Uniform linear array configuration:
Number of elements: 48
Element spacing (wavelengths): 0.5
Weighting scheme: kaiser
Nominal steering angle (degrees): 30
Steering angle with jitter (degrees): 30.463
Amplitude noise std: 0.05
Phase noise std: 0.05

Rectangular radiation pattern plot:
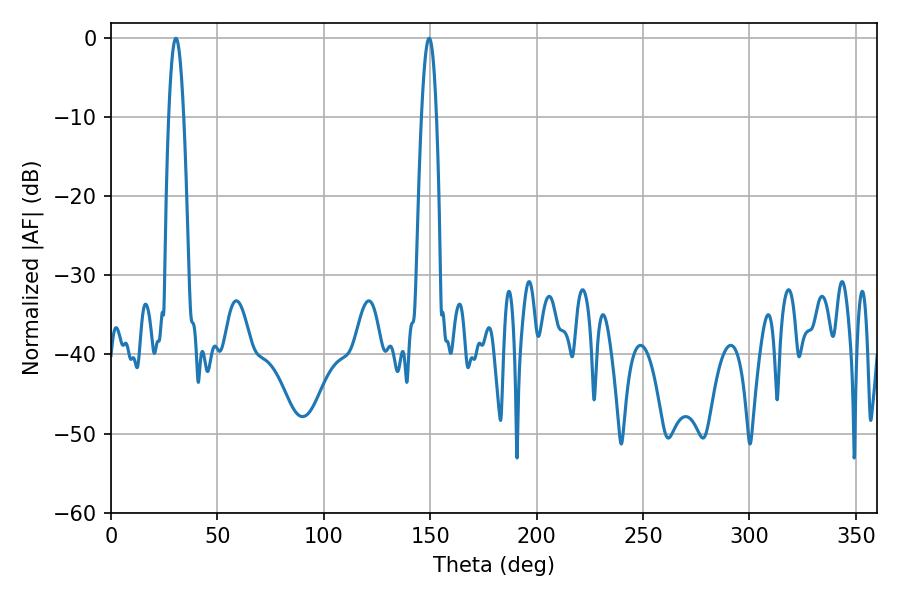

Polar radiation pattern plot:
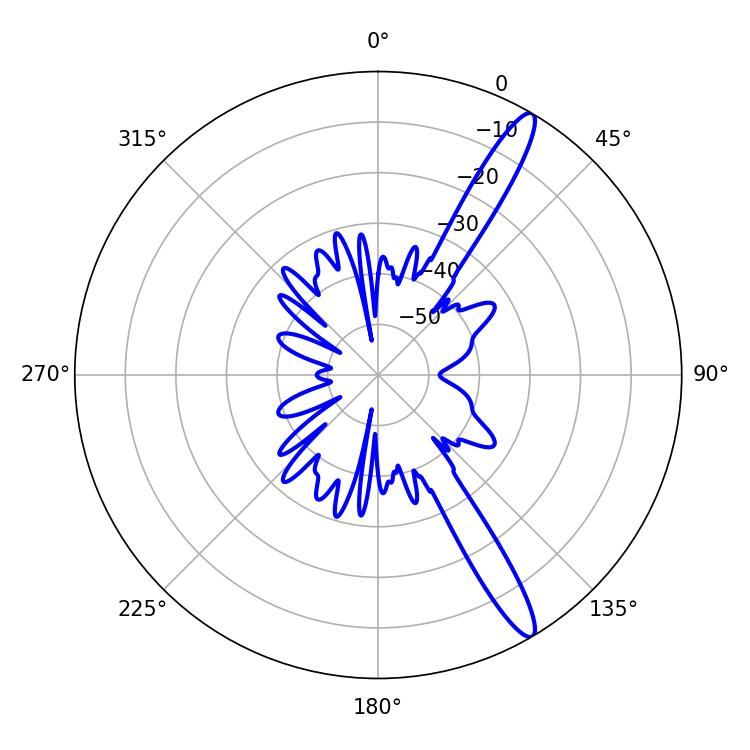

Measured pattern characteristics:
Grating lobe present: FALSE
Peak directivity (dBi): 14.274
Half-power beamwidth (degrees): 3.78
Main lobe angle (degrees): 30.42